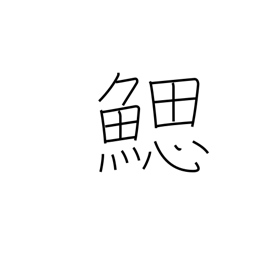
Meaning: gill slits